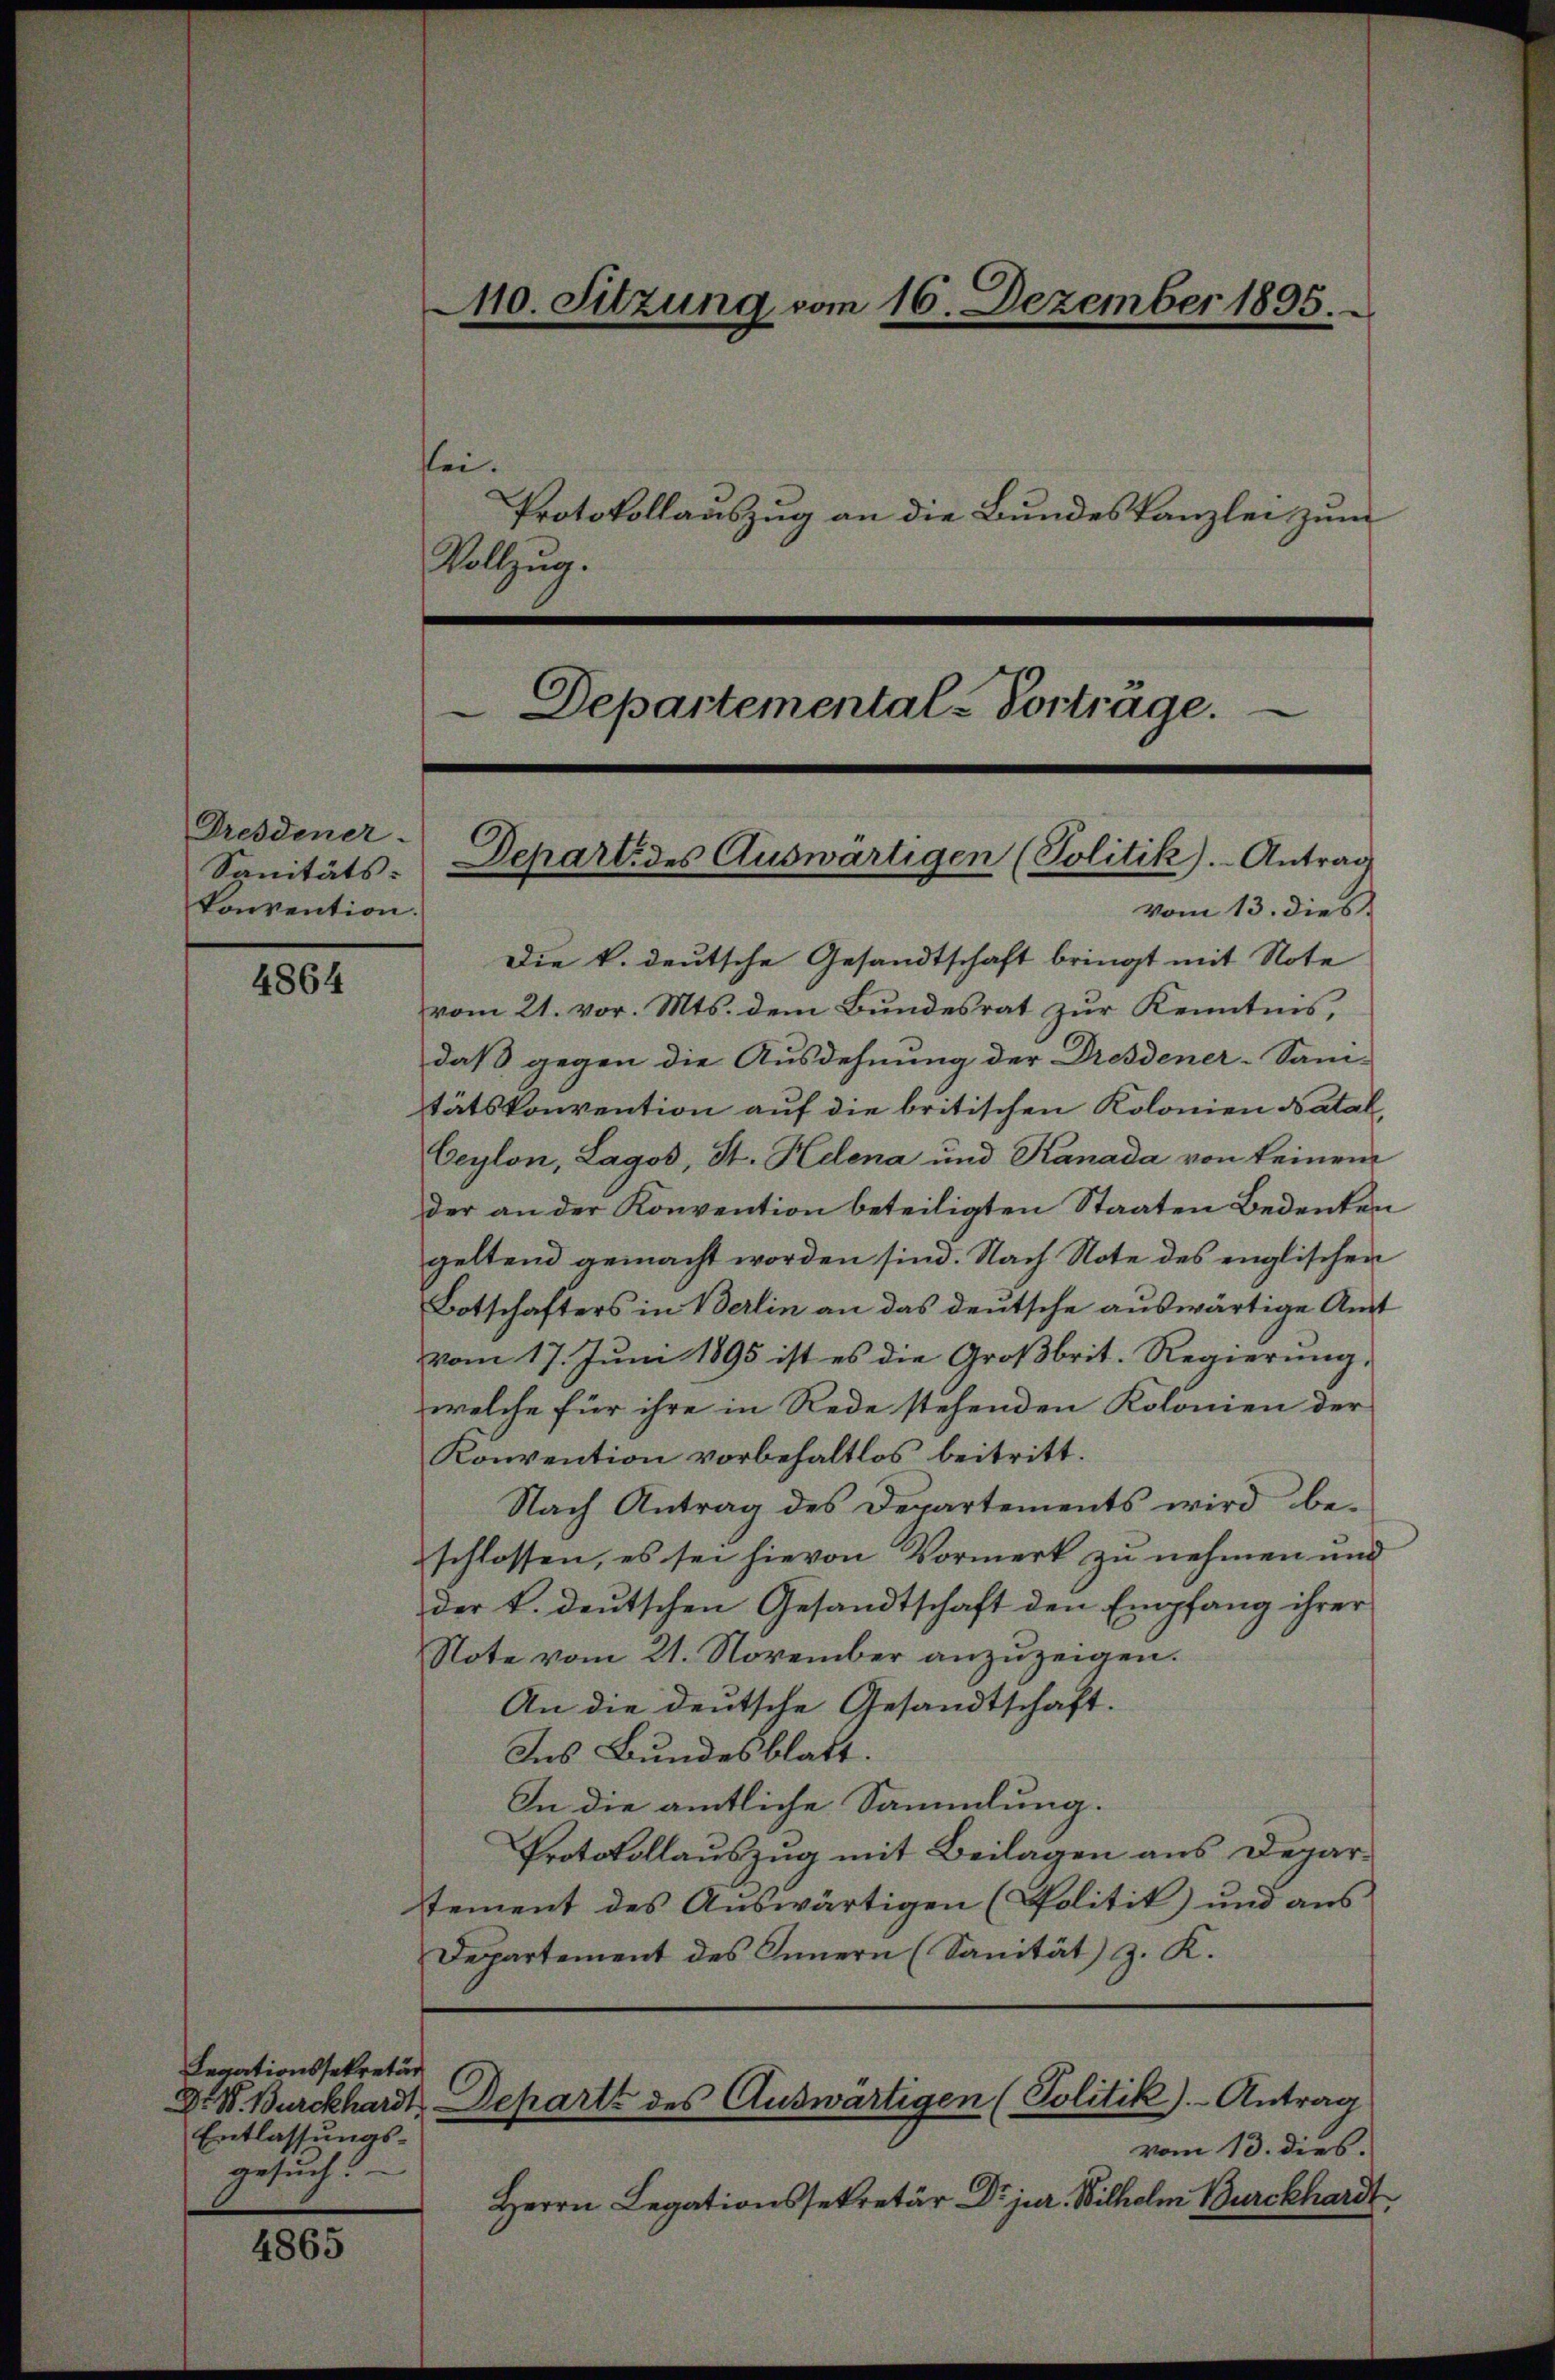
Dresdener-
Sanitäts-
konvention.

4864

4865

110. Sitzung vom 16. Dezember 1895.
lei.
Protokollauszug an die Bundeskanzlei zum
Vollzug.

Legationssekretär
Entlassungs-
gesuch?

Departemental-Vorträge.

Depart. des Auswärtigen (Politik).- Antrag

vom 13. dies
Die k. deutsche Gesandtschaft bringt mit Note
vom 21. vor. Mts. dem Bundesrat zur Kenntnis,
daß gegen die Ausdehnung der Dresdener-Sam-
tätskonvention auf die britischen Kolonien Natal,
Ceylon, Lagos, St. Helena und Kanada von keinem
der an der Konvention beteiligten Staaten Bedeuten
geltend gemacht worden sind. Nach Note des englischen
Botschafters in Berlin an das deutsche auswärtige Amt
vom 17. Juni 1895 ist es die Großbrit. Regierung,
welche für ihre in Rede stehenden Kolonien der
Konvention vorbehaltlos beitritt.
Nach Antrag des Departements wird be-
schlossen, es sei hievon Vormerk zu nehmen und
der k. deutschen Gesandtschaft den Empfang ihrer
Note vom 21. November anzuzeigen.
An die deutsche Gesandtschaft.
Ins Bundesblatt.
In die amtliche Sammlung.
Protokollauszug mit Beilagen aus Deparstement des Auswärtigen (Politik) und aus
Departement des Innern (Sanität z. K.

Dr. W. Burckhardt Departz des Auswärtigen (Politik).- Antrag

vom 13. dies.
Herrn Legationssekretär Dr. jur. Wilhelm Burckhardt